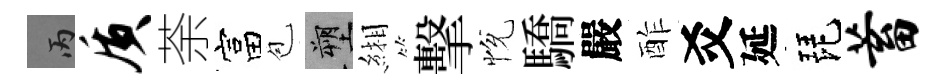
丙质荼富苞塑緗擊恱驕嚴酢爻延琵蓄